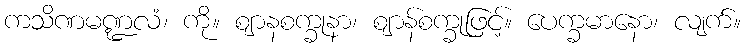
ကသိဏမဏ္ဍလံ၊ ကို။ ဈာနစက္ခုနာ၊ ဈာန်စက္ခုဖြင့်။ ပေက္ခမာနော၊ လျက်။